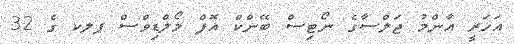
އަހަރީ އާންމު ޖަލްސާގެ ނޯޓިސް ބޭންކް އޮފް މޯލްޑިވްސް ޕލކ ގެ 32